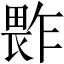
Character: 𱰻